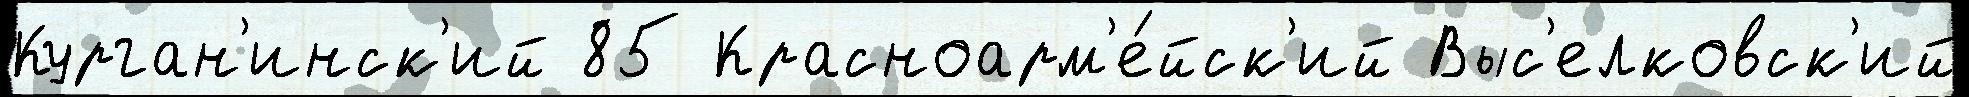
Курган'инск'ий 85 Красноарм'е́йск'ий Выс'елковск'ий